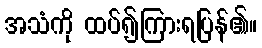
အသံကို ထပ်၍ကြားရပြန်၏။